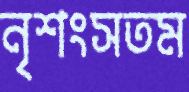
নৃশংসতম